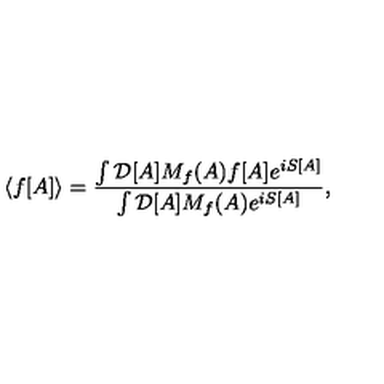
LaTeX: \langle f [ A ] \rangle = \frac { \int { \cal D } [ A ] M _ { f } ( A ) f [ A ] e ^ { i S [ A ] } } { \int { \cal D } [ A ] M _ { f } ( A ) e ^ { i S [ A ] } } ,